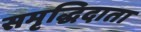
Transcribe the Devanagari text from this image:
समृद्धिदाता